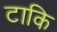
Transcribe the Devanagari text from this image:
टाकि